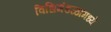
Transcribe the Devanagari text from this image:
विधिमंडळामध्‍ये